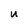
Character: U